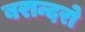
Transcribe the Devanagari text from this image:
बरान्दरो